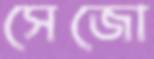
সেজো